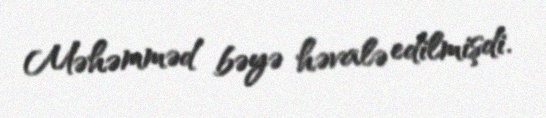
Məhəmməd bəyə həvalə edilmişdi.